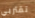
تقتربي